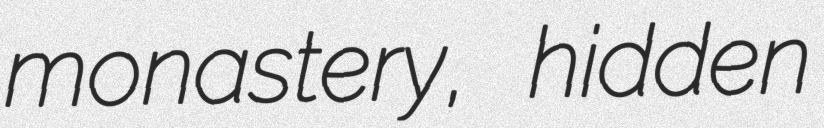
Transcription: monastery, hidden